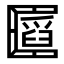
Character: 𠥪